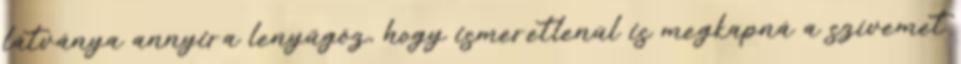
látványa annyira lenyűgöz, hogy ismeretlenül is megkapná a szívemet